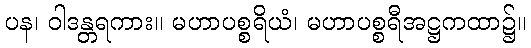
ပန၊ ဝါဒန္တရကား။ မဟာပစ္စရိယံ၊ မဟာပစ္စရီအဋ္ဌကထာ၌။